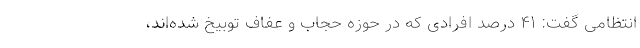
انتظامی گفت: ۴۱ درصد افرادی که در حوزه حجاب و عفاف توبیخ شده‌اند،